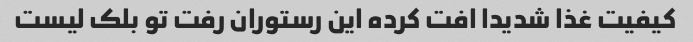
کیفیت غذا شدیدا افت کرده این رستوران رفت تو بلک لیست